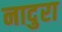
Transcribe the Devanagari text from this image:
नादुरा